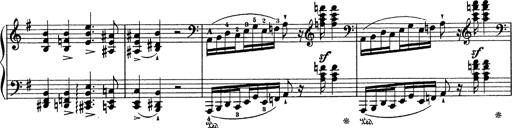
Title: Grosses Konzertsolo
Composer: Franz Liszt